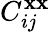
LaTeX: C_{ij}^{\mathbf{x}\mathbf{x}}